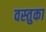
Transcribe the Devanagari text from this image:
वस्‍तुका